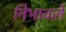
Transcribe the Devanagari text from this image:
निभावलें